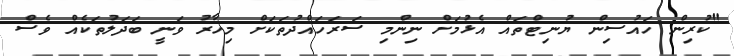
"ކުރިން ހައުސިން ޔުނިޓްތައް އެޅުމަށް ނިންމި ސަރަހައްދުތަކަށް މިހާރު ވަނީ ބަދަލުތަކެއް ވެސް